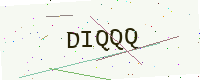
Text: DIQQQ